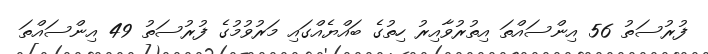
ފުރުސަތު 56 އިންސައްތަ އިތުރުވާއިރު ހިތުގެ ބައްޔެއްގައި މަރުވުމުގެ ފުރުސަތު 49 އިންސައްތަ